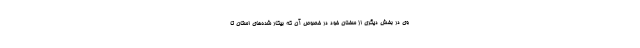
وی در بخش دیگری از سخنان خود در خصوص آن که بیکار شده‌های استان تا